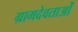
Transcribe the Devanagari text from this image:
ग्रामदेवताओं